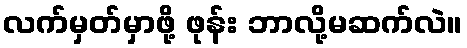
လက်မှတ်မှာဖို့ ဖုန်း ဘာလို့မဆက်လဲ။